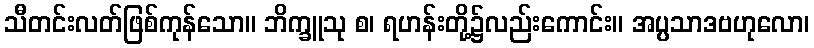
သီတင်းလတ်ဖြစ်ကုန်သော။ ဘိက္ခူသု စ၊ ရဟန်းတို့၌လည်းကောင်း။ အပ္ပသာဒဗဟုလော၊